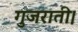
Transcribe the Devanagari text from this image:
गुजराती।